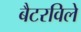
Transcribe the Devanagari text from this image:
बैटरविले